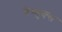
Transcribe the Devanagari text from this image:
चैप्बुक्स